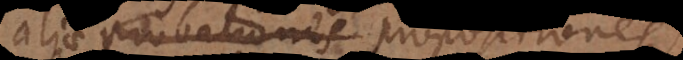
aliae probationes propositiones,